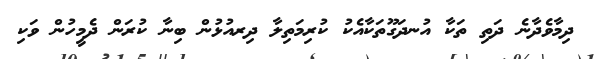
ދިމާވެދާނެ ދަތި ތަކާ އުނދަގޫތަކާއެކު ކުރިމަތިލާ ދިރއުޅުން ބިނާ ކުރަން ދެމީހުން ވަކި